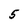
Character: 5